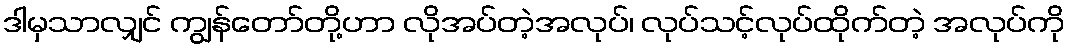
ဒါမှသာလျှင် ကျွန်တော်တို့ဟာ လိုအပ်တဲ့အလုပ်၊ လုပ်သင့်လုပ်ထိုက်တဲ့ အလုပ်ကို